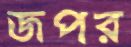
জপর